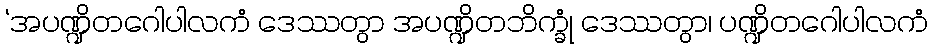
‘အပဏ္ဍိတဂေါပါလကံ ဒေဿတွာ အပဏ္ဍိတဘိက္ခုံ ဒေဿတွာ၊ ပဏ္ဍိတဂေါပါလကံ